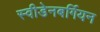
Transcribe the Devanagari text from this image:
स्वीडेनबर्गियन